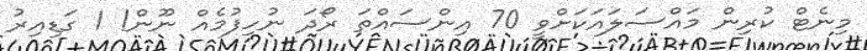
މިނެޓް ކުރިން މައްސަލައަކަށްވީ 70 އިންސައްތަ ރޯދަ ނުހިފުމެއް ނޫން! 1 ގަޑިއިރު